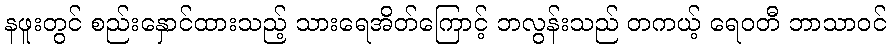
နဖူးတွင် စည်းနှောင်ထားသည့် သားရေအိတ်ကြောင့် ဘလွန်းသည် တကယ့် ရေဝတီ ဘာသာဝင်